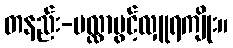
တနည်း-မလ္လာပွင့်လှူရကျိုး။